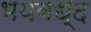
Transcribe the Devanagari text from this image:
भयबध्द